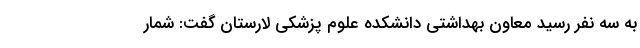
به سه نفر رسید معاون بهداشتی دانشکده علوم پزشکی لارستان گفت: شمار